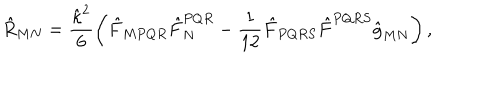
{ \hat { R } _ { M N } = \frac { \hat { \kappa } ^ { 2 } } { 6 } \left( \hat { F } _ { M P Q R } \hat { F } _ { N } ^ { P Q R } - \frac { 1 } { 1 2 } \hat { F } _ { P Q R S } \hat { F } ^ { P Q R S } \hat { g } _ { M N } \right) , }